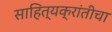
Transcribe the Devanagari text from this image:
साहित्यक्रांतीचा